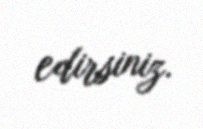
edirsiniz.